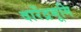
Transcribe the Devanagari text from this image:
वारेंद्रभूमि